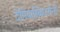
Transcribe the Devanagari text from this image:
टेमियास्किउरीनी